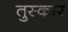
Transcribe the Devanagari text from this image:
तुस्कार